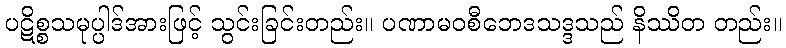
ပဋိစ္စသမုပ္ပါဒ်အားဖြင့် သွင်းခြင်းတည်း။ ပဏာမဝစီဘေဒသဒ္ဒသည် နိဿိတ တည်း။